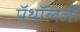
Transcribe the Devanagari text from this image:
पॅथॉलजी